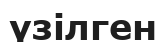
үзілген